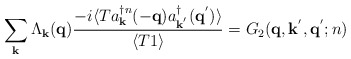
\begin{align*}\sum_{ {\bf{k}} } \Lambda_{ {\bf{k}} } ({\bf{q}})\frac{ -i\langle T a^{\dagger n}_{ {\bf{k}} }(-{\bf{q}})a^{\dagger}_{ {\bf{k}}^{'} }({\bf{q}}^{'}) \rangle }{\langle T 1 \rangle} = G_{2}( {\bf{q}}, {\bf{k}}^{'}, {\bf{q}}^{'}; n)\end{align*}